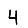
Digit: 4